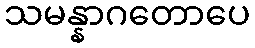
သမန္နာဂတောပေ